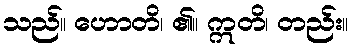
သည်။ ဟောတိ၊ ၏။ ဣတိ၊ တည်း။